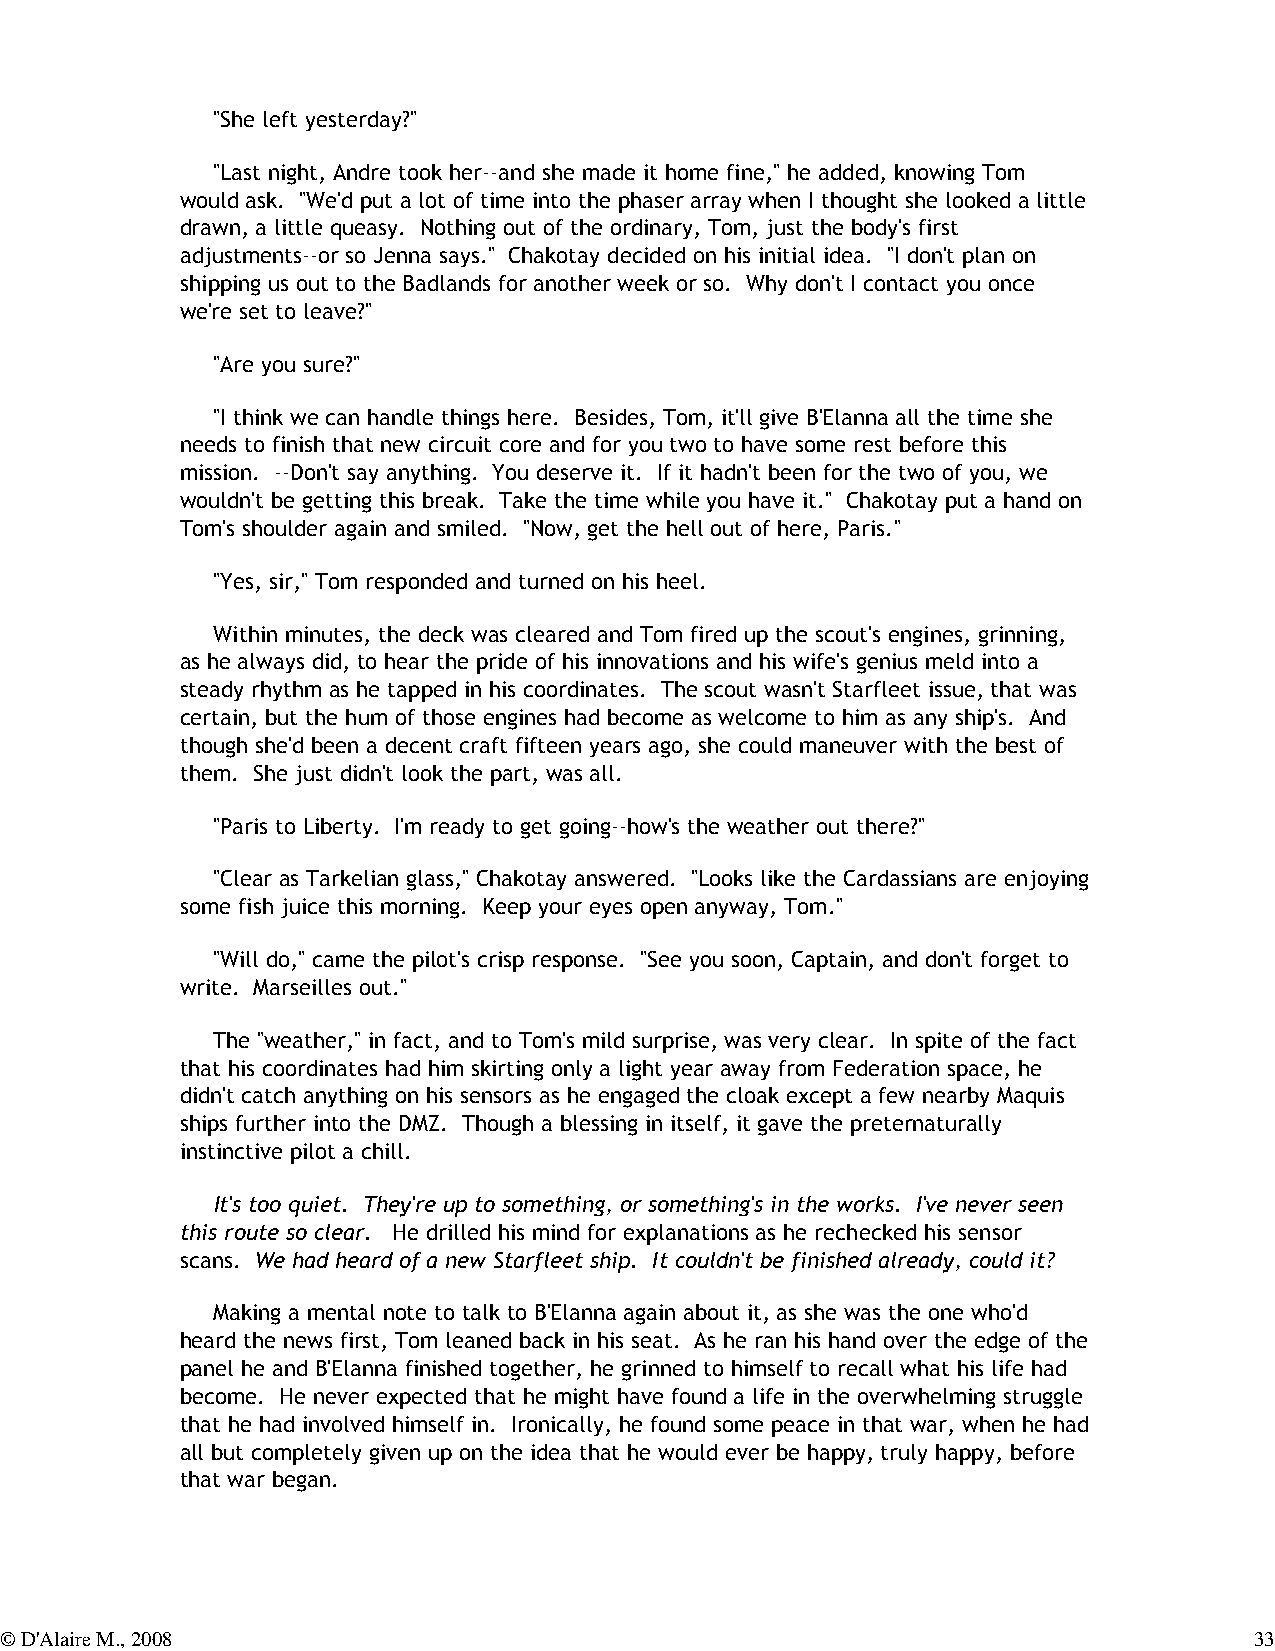
"She left yesterday?"
 "Last night, Andre took her--and she made it home fine," he added, knowing Tom
 would ask. "We'd put a lot of time into the phaser array when I thought she looked a little
 drawn, a little queasy. Nothing out of the ordinary, Tom, just the body's first
 adjustments--or so Jenna says." Chakotay decided on his initial idea. "I don't plan on
 shipping us out to the Badlands for another week or so. Why don't I contact you once
 we're set to leave?"
 "Are you sure?"
 "I think we can handle things here. Besides, Tom, it'll give B'Elanna all the time she
 needs to finish that new circuit core and for you two to have some rest before this
 mission. --Don't say anything. You deserve it. If it hadn't been for the two of you, we
 wouldn't be getting this break. Take the time while you have it." Chakotay put a hand on
 Tom's shoulder again and smiled. "Now, get the hell out of here, Paris."
 "Yes, sir," Tom responded and turned on his heel.
 Within minutes, the deck was cleared and Tom fired up the scout's engines, grinning,
 as he always did, to hear the pride of his innovations and his wife's genius meld into a
 steady rhythm as he tapped in his coordinates. The scout wasn't Starfleet issue, that was
 certain, but the hum of those engines had become as welcome to him as any ship's. And
 though she'd been a decent craft fifteen years ago, she could maneuver with the best of
 them. She just didn't look the part, was all.
 "Paris to Liberty. I'm ready to get going--how's the weather out there?"
 "Clear as Tarkelian glass," Chakotay answered. "Looks like the Cardassians are enjoying
 some fish juice this morning. Keep your eyes open anyway, Tom."
 "Will do," came the pilot's crisp response. "See you soon, Captain, and don't forget to
 write. Marseilles out."
 The "weather," in fact, and to Tom's mild surprise, was very clear. In spite of the fact
 that his coordinates had him skirting only a light year away from Federation space, he
 didn't catch anything on his sensors as he engaged the cloak except a few nearby Maquis
 ships further into the DMZ. Though a blessing in itself, it gave the preternaturally
 instinctive pilot a chill.
 It's too quiet. They're up to something, or something's in the works. I've never seen
 this route so clear. He drilled his mind for explanations as he rechecked his sensor
 scans. We had heard of a new Starfleet ship. It couldn't be finished already, could it?
 Making a mental note to talk to B'Elanna again about it, as she was the one who'd
 heard the news first, Tom leaned back in his seat. As he ran his hand over the edge of the
 panel he and B'Elanna finished together, he grinned to himself to recall what his life had
 become. He never expected that he might have found a life in the overwhelming struggle
 that he had involved himself in. Ironically, he found some peace in that war, when he had
 all but completely given up on the idea that he would ever be happy, truly happy, before
 that war began.
 © D'Alaire M., 2008                                                                33